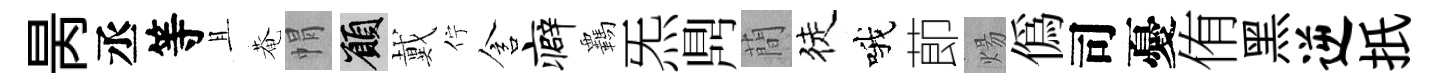
昺丞等且菴㡌願戴佇含癖覊炁𪔂蕳徒哦莭煬偽司憂侑黑逆扺